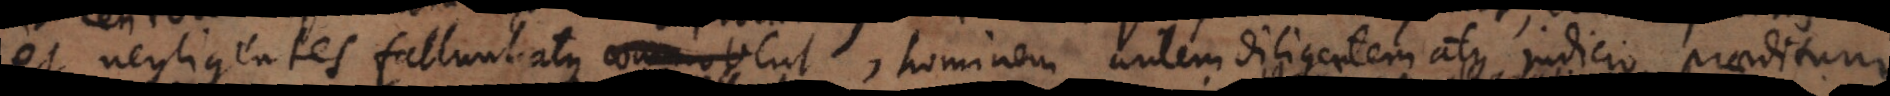
et negligentes fallunt atque commovent percellunt, hominem autem diligentem atque judicio praeditum